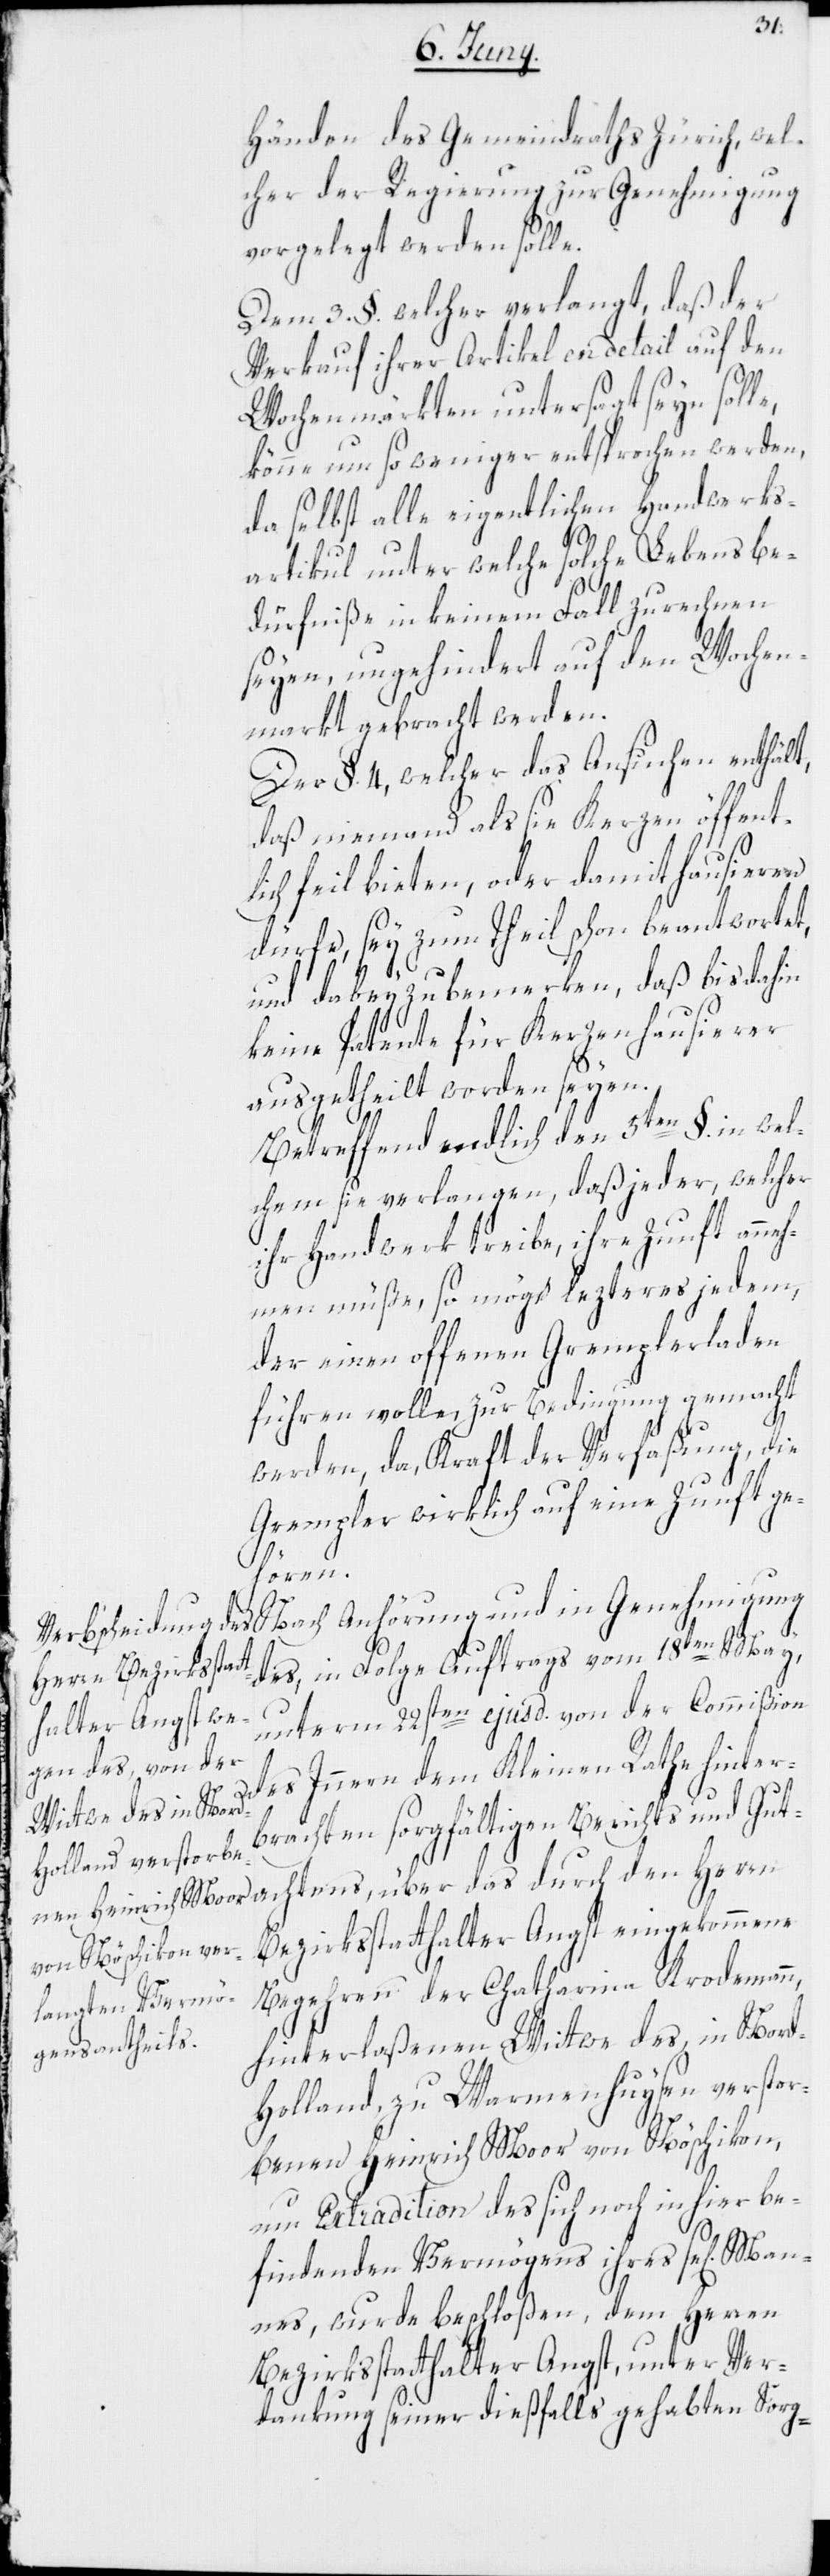
Händen des Gemeindraths Zürich, wel¬
cher der Regierung zur Genehmigung
vorgelegt werden solle.
Dem 3. §. welcher verlangt, daß der
Verkauf ihrer Artikel en detail auf den
Wochenmärkten untersagt seyn soll¬
könne um so weniger entsprochen werden,
da selbst alle eigentlichen Handwerks¬
Man¬
artikul unter welche solche Lebensbe¬
dürfniße in keinem Fall zu rechnen
seyen, ungehindert auf den Wochen¬
markt gebracht werden.
Der §. 4, welcher das Ansuchen enthält,
daß niemand als sie Kerzen öffentl¬
ich feil bieten, oder damit hausieren
dürfe, sey zum Theil schon beantwortet,
und dabey zu bemerken, daß bisdahin
keine Patente für Kerzenhausierer
ausgetheilt worden seyen.
Betreffend endlich den 5ten §. in wel¬
chem sie verlangen, daß jeder, welcher
ihr Handwerk treibe, ihre Zunft anne¬
hmen müße, so möge lezteres jedem,
der einen offenen Gremplerladen
führen wolle, zur Bedingung gemacht
werden, da, Kraft der Verfaßung, die
Grempler wirklich auf eine Zunft ge¬
hören.
Nach Anhörung und in Genehmigung
des, in Folge Auftrags vom 18ten May,
unterm 22sten ejusd. von der Commißion
des Innern dem Kleinen Rathe hinter¬
brachten sorgfältigen Berichts und Gut¬
achtens, über das durch den Herrn
Bezirksstatthalter Angst eingekommene
Begehren der Chatharina Krodemann,
hinterlaßenen Wittwe des, in Nord-H¬
olland, zu Warmenhuysen verstor¬
benen Heinrich Moor von Nöschikon,
um Extradition des sich noch in hier be¬
findenden Vermögens ihres se[ligen]
nes, wurde beschloßen, dem Herren
Bezirksstatthalter Angst, unter Ver¬
dankung seiner dießfalls gehabten Sorg-